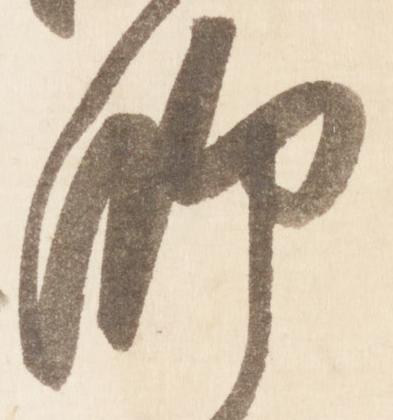
師